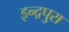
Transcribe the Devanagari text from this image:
इन्द्रपुरा